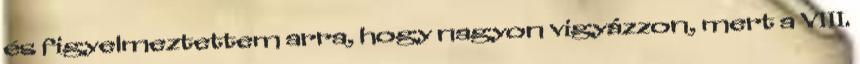
és figyelmeztettem arra, hogy nagyon vigyázzon, mert a VIII.